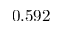
0 . 5 9 2